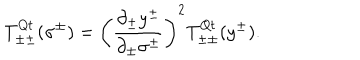
T _ { \pm \pm } ^ { \mathrm { Q t } } ( \sigma ^ { \pm } ) = \left( \frac { \partial _ { \pm } y ^ { \pm } } { \partial _ { \pm } \sigma ^ { \pm } } \right) ^ { 2 } T _ { \pm \pm } ^ { \mathrm { Q t } } ( y ^ { \pm } ) .